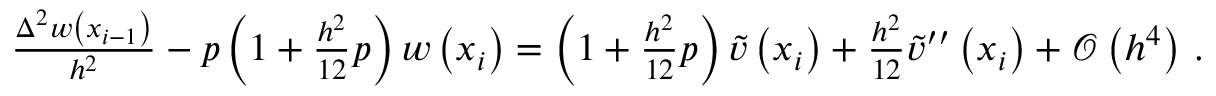
\begin{array} { r } { \frac { { \Delta } ^ { 2 } w \left( { x } _ { i - 1 } \right) } { { h } ^ { 2 } } - { p } \left( 1 + \frac { { h } ^ { 2 } } { 1 2 } { p } \right) w \left( { x } _ { i } \right) = \left( 1 + \frac { { h } ^ { 2 } } { 1 2 } { p } \right) \tilde { v } \left( { x } _ { i } \right) + \frac { { h } ^ { 2 } } { 1 2 } \tilde { v } ^ { \prime \prime } \left( { x } _ { i } \right) + \mathcal { O } \left( { h } ^ { 4 } \right) \, . } \end{array}